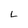
Character: L